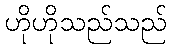
ဟိုဟိုသည်သည်